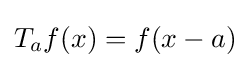
T_{a}f(x)=f(x-a)